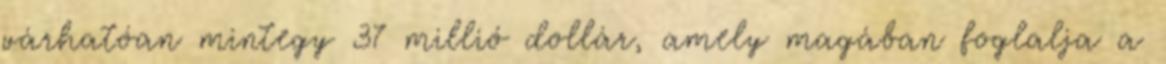
várhatóan mintegy 37 millió dollár, amely magában foglalja a